Annual report on the working of the mental hospitals in the Madras Presidency - 1912-1932
Year: 1912
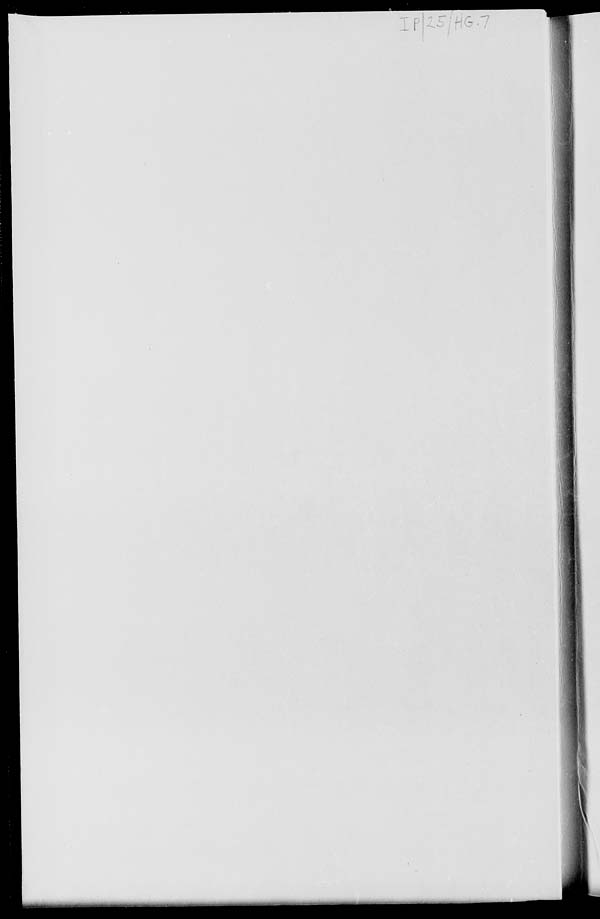
f